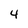
Character: 4